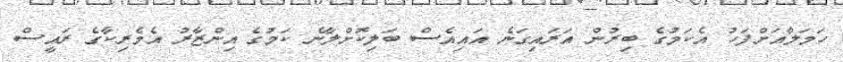
ހަމަލާއަށްފަހު އެކަމުގެ ބިރުން އަރައިގަނެ އައިއެސް ބަލިކޮށްލާނެ ކަމުގެ އިންޒާރު އެމެރިކާގެ ރައީސް